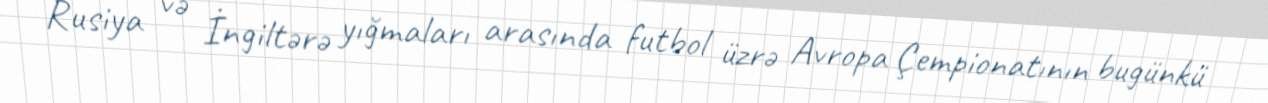
Rusiya və İngiltərə yığmaları arasında futbol üzrə Avropa Çempionatının bugünkü